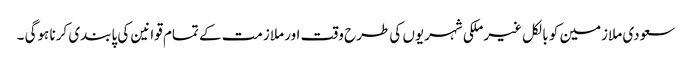
سعودی ملازمین کو بالکل غیرملکی شہریوں کی طرح وقت اور ملازمت کے تمام قوانین کی پابندی کرنا ہوگی ۔